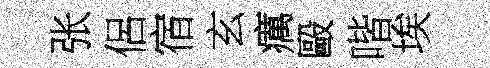
张侶宿玄癘毆喈埃